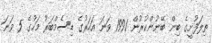
ތިލަފުށީގެ ބިން ބޭނުންކުރުން 1991 ވަނަ އަހަރުގެ ޑިސެމްބަރު މަހުގެ 5 ވަނަ